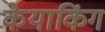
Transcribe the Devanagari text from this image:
केयाकिंग